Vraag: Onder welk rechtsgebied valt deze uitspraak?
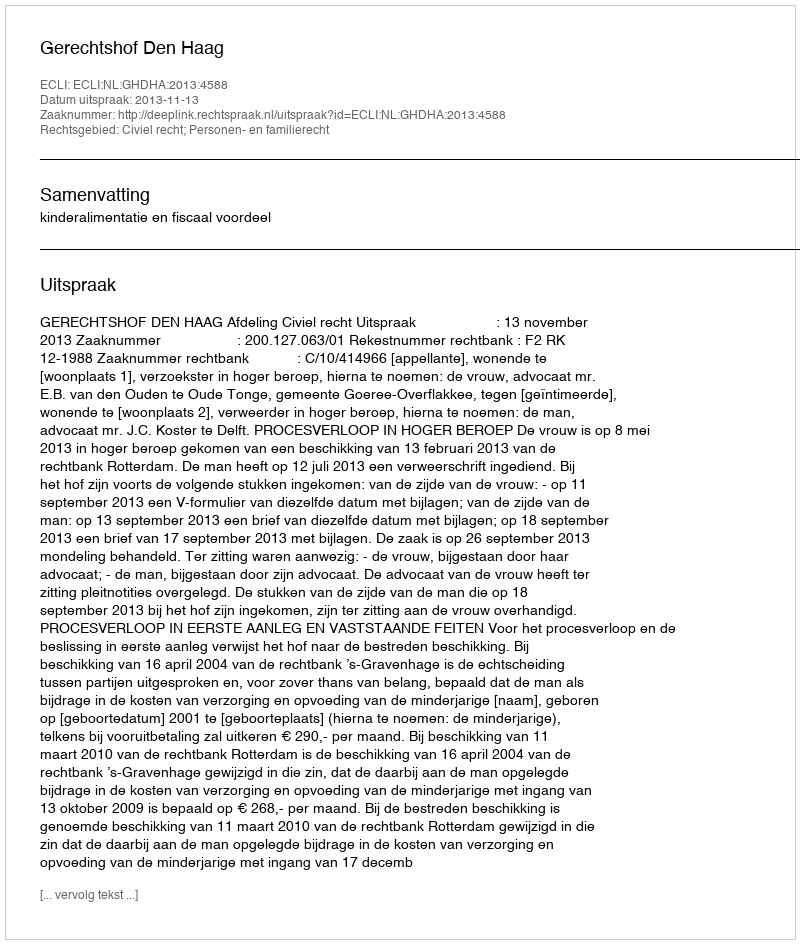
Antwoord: Civiel recht; Personen- en familierecht